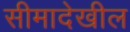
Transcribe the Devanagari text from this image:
सीमादेखील